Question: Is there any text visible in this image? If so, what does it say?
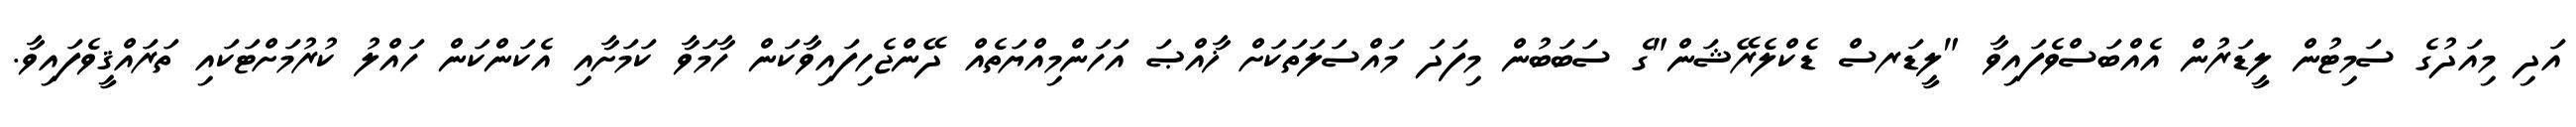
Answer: އަދި މިއަދުގެ ސަމިޓުން ލީޑަރުން އެއްބަސްވެފައިވާ "ލީޑަރސް ޑެކްލެރޭޝަން"ގެ ސަބަބުން މިފަދަ މައްސަލަތަކަށް ޚާއްޞަ އަހަންމިއްޔަތެއް ދޭންޖެހިފައިވާކަން ހާމަވާ ކަމަށާއި އެކަންކަން ހައްލު ކުރުމަށްޓަކައި ތަރައްޤީވެފައިވާ.